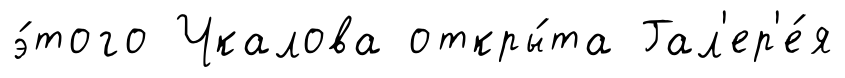
э́того Чкалова откры́та Гал'ер'е́я